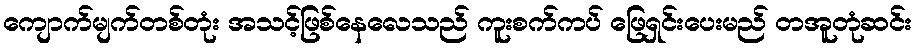
ကျောက်မျက်တစ်တုံး အသင့်ဖြစ်နေလေသည် ကူးစက်ကပ် ဖြေရှင်းပေးမည် တအူတုံဆင်း